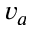
v _ { a }